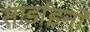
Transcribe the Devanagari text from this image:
सार्डाइनों